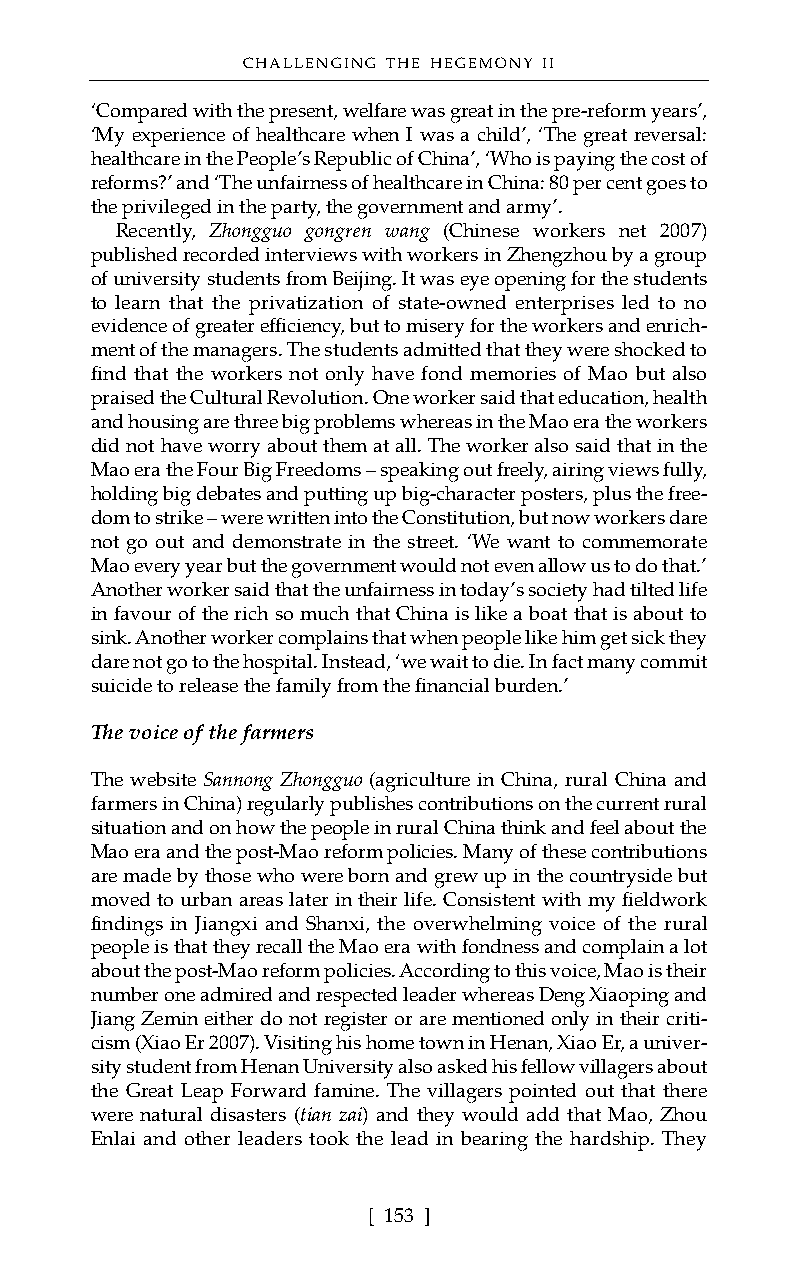
CHALLENGING THE HEGEMONY II
 ‘Compared with the present, welfare was great in the pre-reform years’,
 ‘My experience of healthcare when I was a child’, ‘The great reversal:
 healthcare in the People’s Republic of China’, ‘Who is paying the cost of
 reforms?’ and ‘The unfairness of healthcare in China: 80 per cent goes to
 the privileged in the party, the government and army’.
 Recently, Zhongguo gongren wang (Chinese workers net 2007)
 published recorded interviews with workers in Zhengzhou by a group
 of university students from Beijing. It was eye opening for the students
 to learn that the privatization of state-owned enterprises led to no
 evidence of greater efficiency, but to misery for the workers and enrich-
 ment of the managers. The students admitted that they were shocked to
 find that the workers not only have fond memories of Mao but also
 praised the Cultural Revolution. One worker said that education, health
 and housing are three big problems whereas in the Mao era the workers
 did not have worry about them at all. The worker also said that in the
 Mao era the Four Big Freedoms – speaking out freely, airing views fully,
 holding big debates and putting up big-character posters, plus the free-
 dom to strike – were written into the Constitution, but now workers dare
 not go out and demonstrate in the street. ‘We want to commemorate
 Mao every year but the government would not even allow us to do that.’
 Another worker said that the unfairness in today’s society had tilted life
 in favour of the rich so much that China is like a boat that is about to
 sink. Another worker complains that when people like him get sick they
 dare not go to the hospital. Instead, ‘we wait to die. In fact many commit
 suicide to release the family from the financial burden.’
 The voice of the farmers
 The website Sannong Zhongguo (agriculture in China, rural China and
 farmers in China) regularly publishes contributions on the current rural
 situation and on how the people in rural China think and feel about the
 Mao era and the post-Mao reform policies. Many of these contributions
 are made by those who were born and grew up in the countryside but
 moved to urban areas later in their life. Consistent with my fieldwork
 findings in Jiangxi and Shanxi, the overwhelming voice of the rural
 people is that they recall the Mao era with fondness and complain a lot
 about the post-Mao reform policies. According to this voice, Mao is their
 number one admired and respected leader whereas Deng Xiaoping and
 Jiang Zemin either do not register or are mentioned only in their criti-
 cism (Xiao Er 2007). Visiting his home town in Henan, Xiao Er, a univer-
 sity student from Henan University also asked his fellow villagers about
 the Great Leap Forward famine. The villagers pointed out that there
 were natural disasters (tian zai) and they would add that Mao, Zhou
 Enlai and other leaders took the lead in bearing the hardship. They
 [ 153 ]